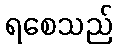
ရစေသည်